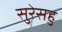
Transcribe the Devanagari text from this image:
सुरेसहु